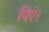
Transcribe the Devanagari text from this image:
पिएं।